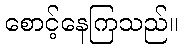
စောင့်နေကြသည်။